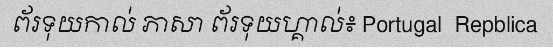
ព័រទុយកាល់ ភាសា ព័រទុយហ្គាល់៖ Portugal  Repblica